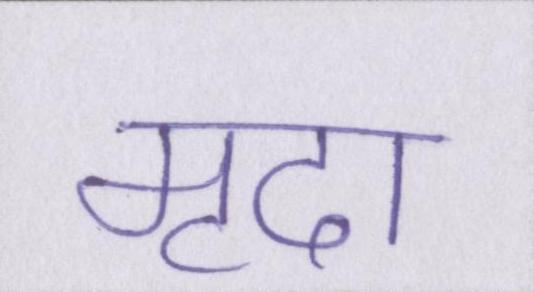
मृदा